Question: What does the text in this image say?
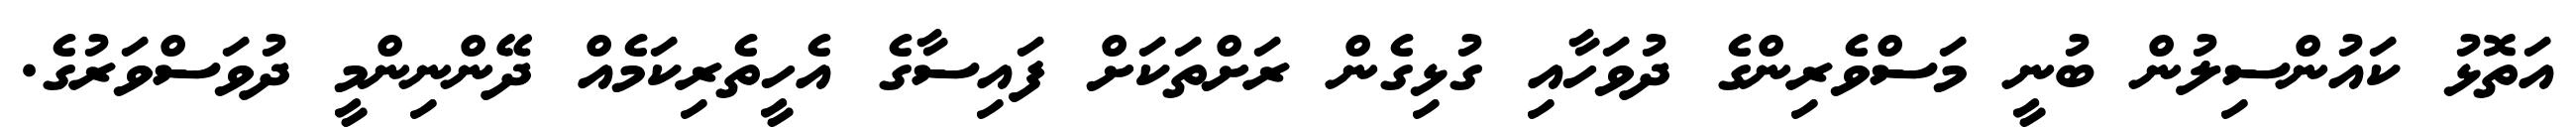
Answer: އަތޮޅު ކައުންސިލުން ބުނީ މަސްވެރިންގެ ދުވަހާއި ގުޅިގެން ރަށްތަކަށް ފައިސާގެ އެހީތެރިކަމެއް ދޭންނިންމީ ދުވަސްވަރުގެ.